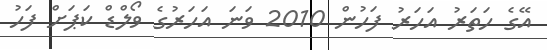
އޭގެ ހަތަރު އަހަރު ފަހުން 2010 ވަނަ އަހަރުގެ ވޯލްޑް ކަޕަށް ފަހު